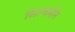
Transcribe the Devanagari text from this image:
सिल्वर्मेंन